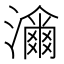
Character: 𤁶